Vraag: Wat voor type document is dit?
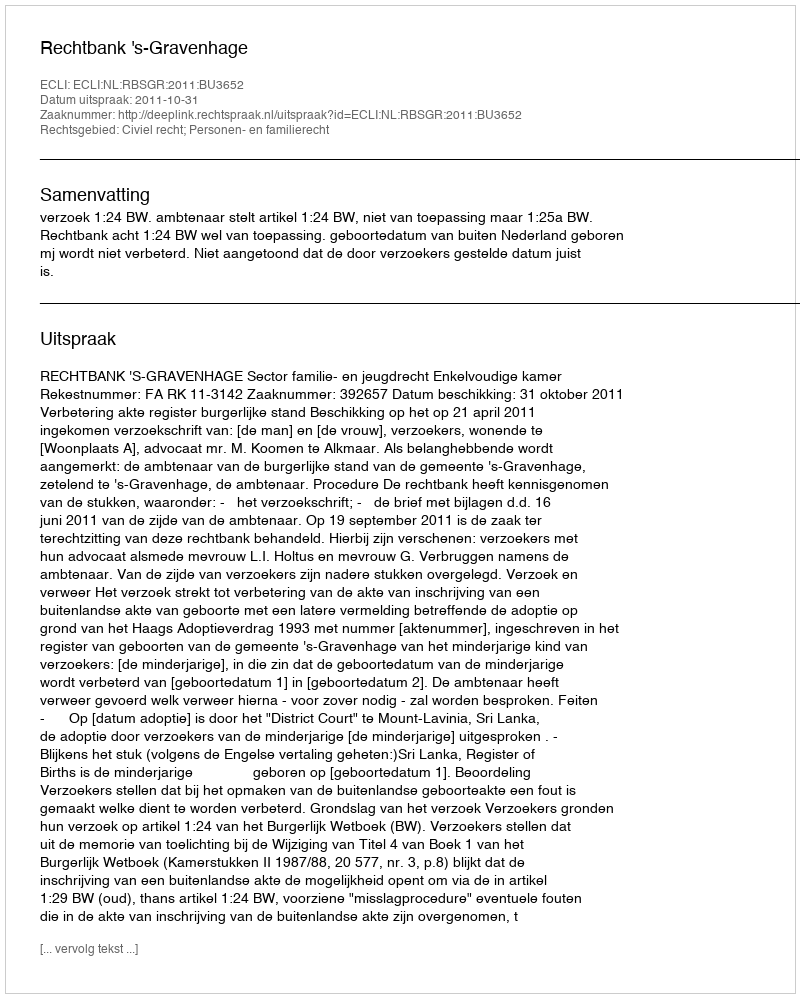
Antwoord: Uitspraak